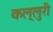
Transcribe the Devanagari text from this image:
कल्लुरी